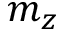
m _ { z }